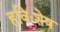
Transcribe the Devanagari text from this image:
हविःशेष